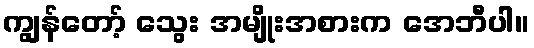
ကျွန်တော့် သွေး အမျိုးအစားက အေဘီပါ။